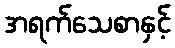
အရက်သေစာနှင့်